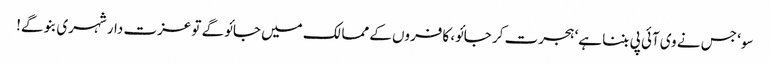
سو‘ جس نے وی آئی پی بننا ہے‘ ہجرت کر جائو، کافروں کے ممالک میں جائو گے تو عزت دار شہری بنو گے!